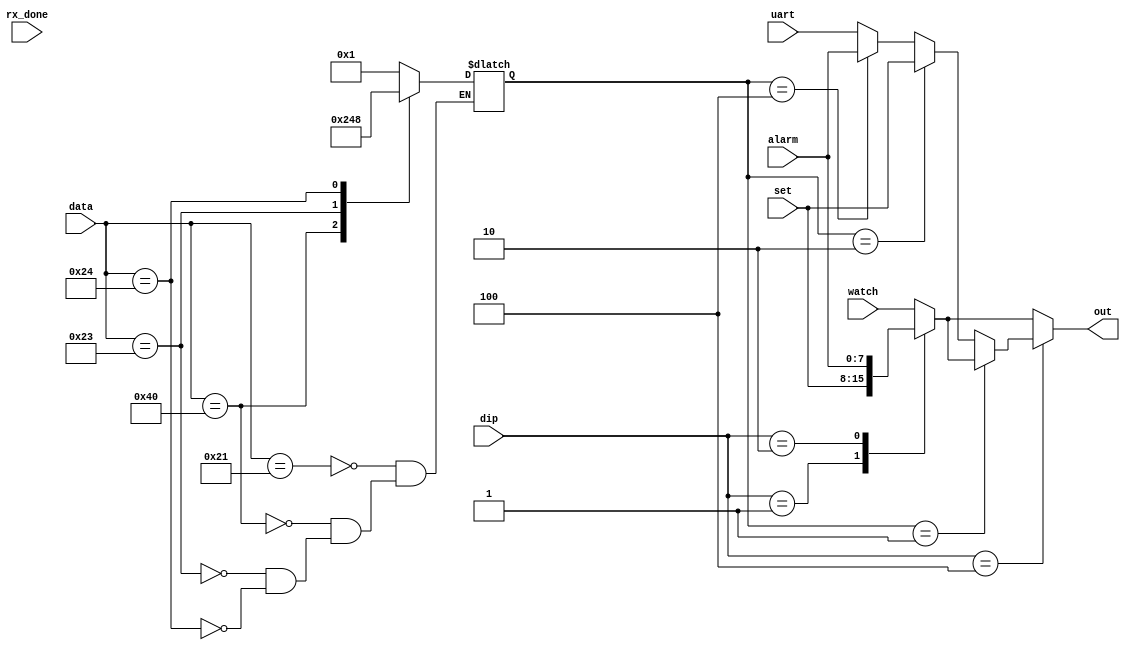
module out_data(
		dip,
		watch,
		set,
		alarm,
		uart,
		data,
		rx_done,
		out);
		
		input	[3:0]	dip;
		input	[7:0]	watch, set, alarm, uart;
		input	[7:0] data;
		input			rx_done;
		
		output[7:0]	out;
		
		reg	[7:0]	out;
		reg	[3:0]	val;
		
		wire	[7:0]	watch, set, alarm, uart;
		
		

	  ///////////////////////////////////////////////////////////////////////////////			
				always @ (data) begin
					case(data)
						8'h21		:	val	<= 4'b0001; // data = (!)
						8'h40 	: 	val	<= 4'b0010; // data = (@)
						8'h23		:	val	<= 4'b0100; // data = (#)
						8'h24		: 	val	<= 4'b1000; // data = ($)
					endcase
				end
     ///////////////////////////////////////////////////////////////////////////////			

				always @(dip or watch or set or alarm or uart)begin
					if	(dip == 4'b0100) begin
						if		(val == 4'b0001) begin
							case(dip)
								4'b0001	:	out	<=	set;
								4'b0010	:	out	<=	alarm;
								4'b0100	:	out	<=	watch; 
								default	:	out	<=	watch;
							endcase
						end	
					
						else if 	(val == 4'b0010) begin
							case(dip)
								4'b0001	:  out	<= set;
								4'b0010	:	out	<=	alarm;
								4'b0100	:	out	<=	set; 
								default	:	out	<=	watch;
							endcase
						end
						else if 	(val == 4'b0100) begin
							case(dip)
								4'b0001	:  out	<= set;
								4'b0010	:	out	<=	alarm;
								4'b0100	:	out	<=	alarm;
								default	:	out	<=	watch;
							endcase
						end
						else if 	(val == 4'b1000) begin
							case(dip)
								4'b0001	: 	out	<= set;
								4'b0010	:	out	<=	alarm;
								4'b0100	:	out	<=	uart;
								default	:	out	<=	watch;
							endcase
						end
						else begin	// else if (val == 4'b0000) begin			
							case(dip)
								4'b0001	:	out	<=	set;
								4'b0010	:	out	<=	alarm;
								4'b0100	:	out	<=	uart;
								default	:	out	<=	watch;
							endcase
						end						
					end
					
					else  begin				
						case(dip)
							4'b0001	:	out	<=	set;
							4'b0010	:	out	<=	alarm;
							4'b0100	:	out	<=	uart;
							default	:	out	<=	watch;
						endcase
					end
				end

endmodule